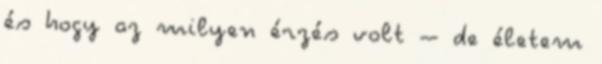
és hogy az milyen érzés volt – de életem